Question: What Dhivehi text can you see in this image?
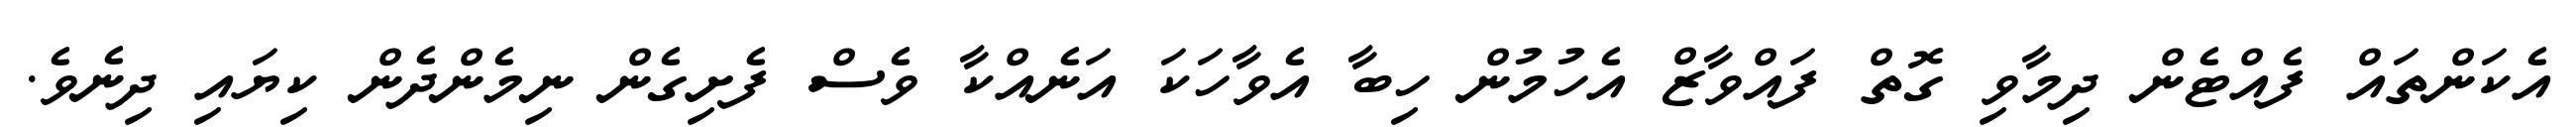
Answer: އެކަންތައް ފެއްޓެން ދިމާވި ގޮތް ފައްވާޒް އެހުމުން ހިބާ އެވާހަކަ އަނެއްކާ ވެސް ފެށިގެން ނިމެންދެން ކިޔައި ދިނެވެ.